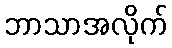
ဘာသာအလိုက်